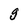
Character: g